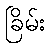
ခြိမ်း